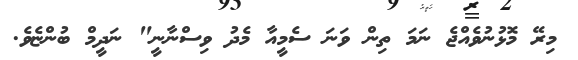
މިރޭ މޮޅުނުވެއްޖެ ނަމަ ތިން ވަނަ ސެމީއާ މެދު ވިސްނާނީ" ނަދީމް ބުންޏެވެ.